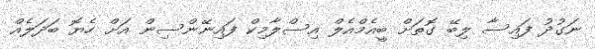
ނަގުދު ފައިސާ ލިބޭ ގޮތަށް ބީއެމްއެލް އިސްލާމިކް ފައިނޭންސިން އަށް ހެޔޮ ބަދަލެއް